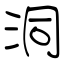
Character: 洞